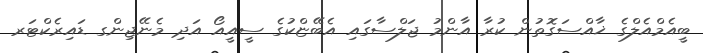
ބީއެމްއެލްގެ ޚާއްސަގޮތުން ކުރާ އާންމު ޖަލްސާގައި އެބޭޏްކުގެ ސީއީއޯ އަދި މެނޭޖިންގ ޑައިރެކްޓަރ